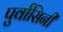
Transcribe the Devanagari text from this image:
पुर्वासिनी